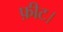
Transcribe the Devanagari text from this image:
फ़ीट।